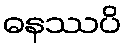
ဓနဿပိ